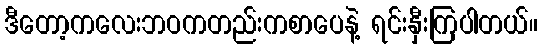
ဒီတော့ကလေးဘဝကတည်းကစာပေနဲ့ ရင်းနှီးကြပါတယ်။